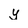
Character: y